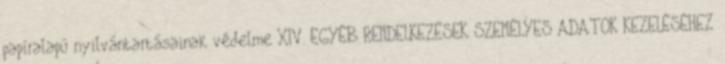
papíralapú nyilvántartásainak védelme XIV. EGYÉB RENDELKEZÉSEK SZEMÉLYES ADATOK KEZELÉSÉHEZ